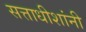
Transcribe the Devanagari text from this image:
सत्ताधीशांनी